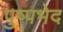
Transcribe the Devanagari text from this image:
पुष्पभेद